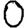
Digit: 0